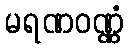
မရဏဝဏ္ဏံ